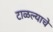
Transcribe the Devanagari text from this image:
टाळल्याचे